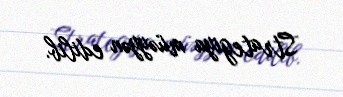
Strategiya müəyyən edilib.